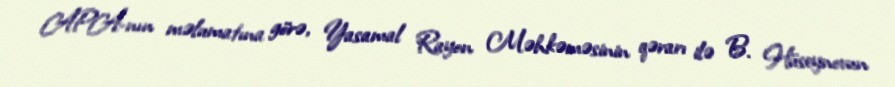
APA-nın məlumatına görə, Yasamal Rayon Məhkəməsinin qərarı ilə B. Hüseynovun